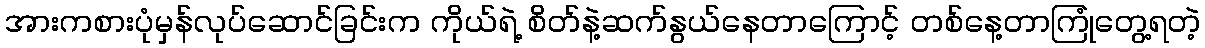
အားကစားပုံမှန်လုပ်ဆောင်ခြင်းက ကိုယ်ရဲ့ စိတ်နဲ့ဆက်နွယ်နေတာကြောင့် တစ်နေ့တာကြုံတွေ့ရတဲ့